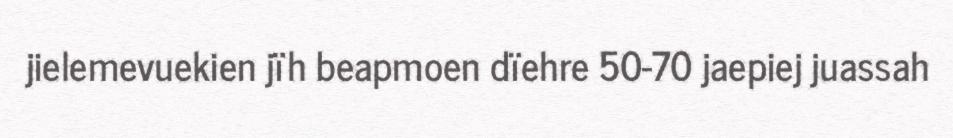
jielemevuekien jïh beapmoen dïehre 50-70 jaepiej juassah